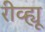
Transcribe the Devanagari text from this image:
रीव्ह्यू